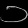
Digit: ၁